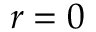
r = 0